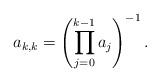
LaTeX: \begin{align*} a_{k,k}=\left(\prod_{j=0}^{k-1}a_j\right)^{-1}.\end{align*}